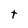
Character: t